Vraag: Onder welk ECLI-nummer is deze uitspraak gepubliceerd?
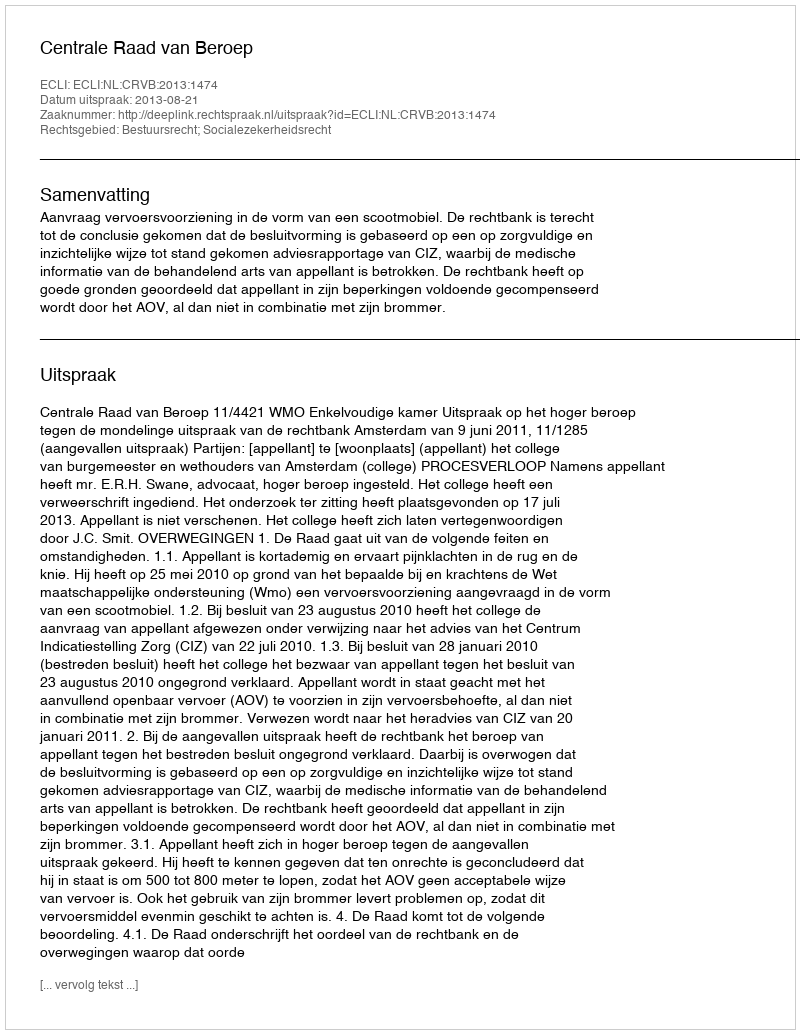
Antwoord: ECLI:NL:CRVB:2013:1474